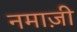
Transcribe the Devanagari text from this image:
नमाज़ी